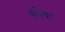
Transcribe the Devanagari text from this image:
दूधि्या